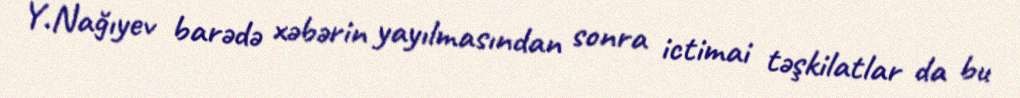
Y.Nağıyev barədə xəbərin yayılmasından sonra ictimai təşkilatlar da bu